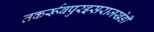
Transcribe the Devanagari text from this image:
तकर्रूबपुरइसराजखेडी